画像に写った文字を読んでください
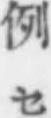
「例セ」と書いてあります